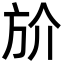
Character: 斺